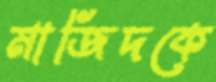
মাজিদকে